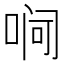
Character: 𪡛